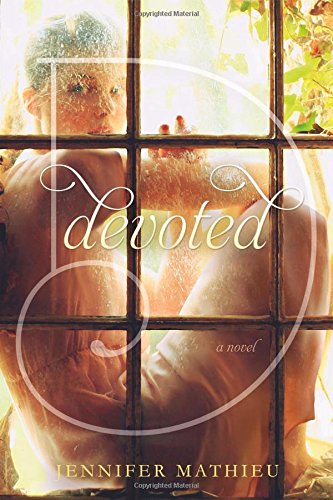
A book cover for Devoted: A Novel; Jennifer Mathieu; Teen & Young Adult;